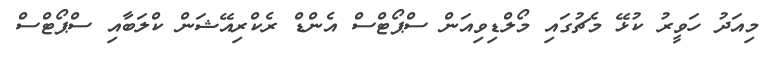
މިއަދު ހަވީރު ކުޅޭ މެޗުގައި މޯލްޑިވިއަން ސްޕޯޓްސް އެންޑް ރެކްރިއޭޝަން ކްލަބާއި ސްޕޯޓްސް